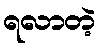
ရလာတဲ့